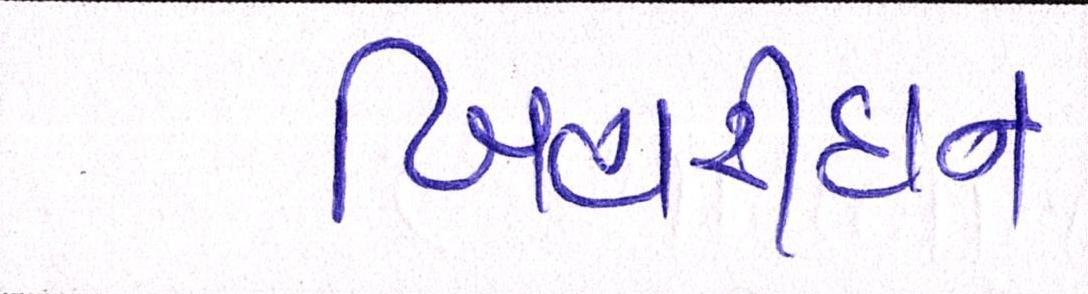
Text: બિહારીદાન